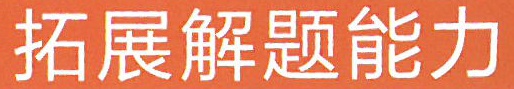
拓展解题能力